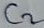
Text: C2